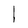
Character: l